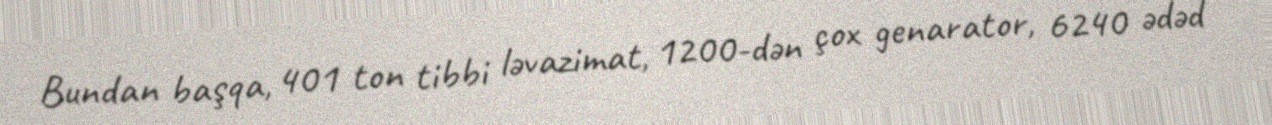
Bundan başqa, 401 ton tibbi ləvazimat, 1200-dən çox genarator, 6240 ədəd